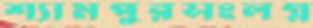
শ্যামপুরসংলগ্ন